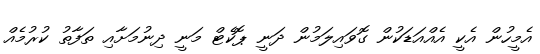
އެމީހުން އެކީ އެއްއަޑަކުން ގޮވައިލަމުން ދަނީ ޕޮކެޓް މަނީ ދިނުމަށާއި ތަފާތު ކުރުމެއް